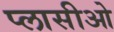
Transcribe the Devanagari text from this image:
प्लासीओ